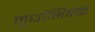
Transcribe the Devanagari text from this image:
मूर्धाभिषेक